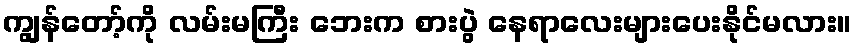
ကျွန်တော့်ကို လမ်းမကြီး ဘေးက စားပွဲ နေရာလေးများပေးနိုင်မလား။